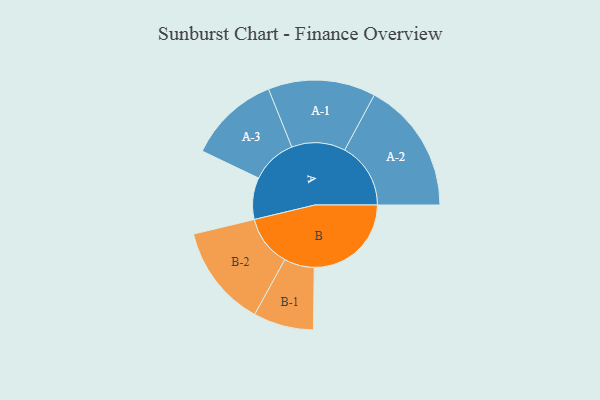
{"axis": {"x": "Segment", "y": "Value"}, "legend": ["", "A", "B"], "data": [{"x": "A", "y": 184, "type": ""}, {"x": "B", "y": 428, "type": ""}, {"x": "A-1", "y": 237, "type": "A"}, {"x": "A-2", "y": 291, "type": "A"}, {"x": "A-3", "y": 201, "type": "A"}, {"x": "B-1", "y": 133, "type": "B"}, {"x": "B-2", "y": 225, "type": "B"}]}